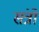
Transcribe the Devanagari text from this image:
संत्रो